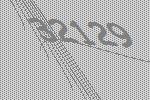
32129